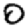
Digit: 0